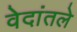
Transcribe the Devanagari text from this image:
वेदांतले